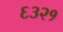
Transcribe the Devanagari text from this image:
६३२१